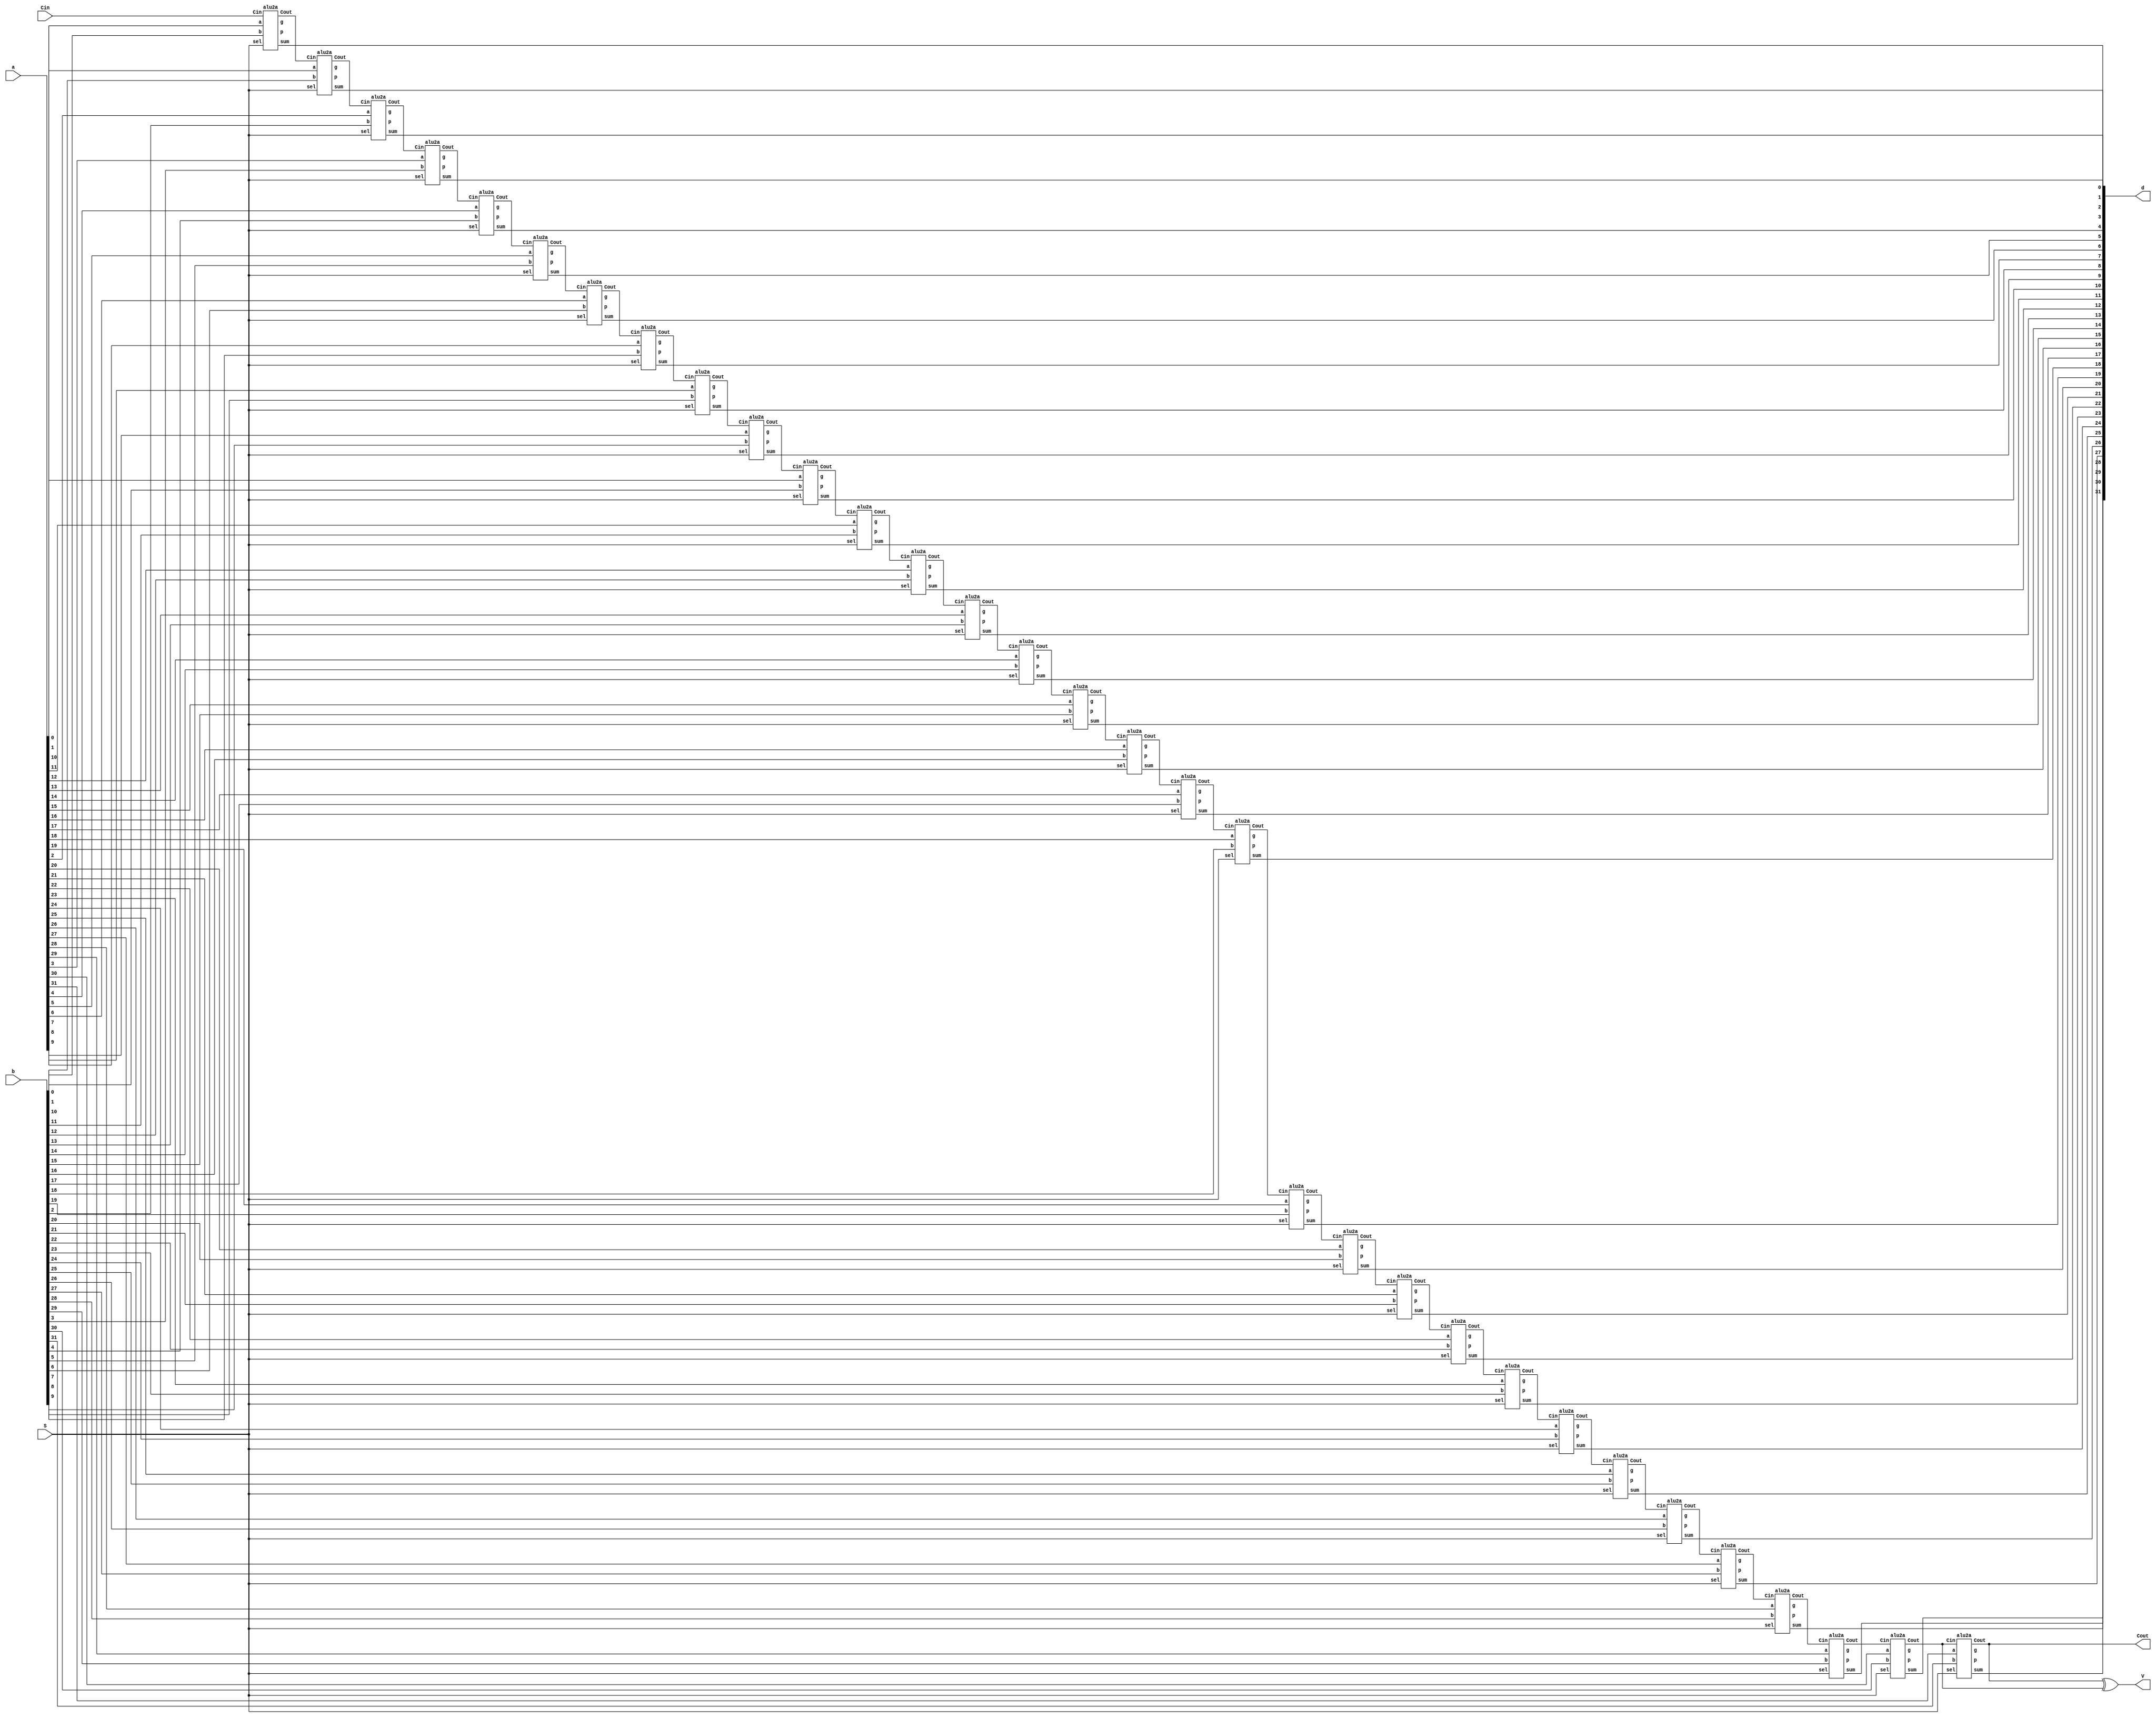
//Written By Brian Beerbower
//Written On 1/25/2023
module project2a(a,b,d,S,V,Cin,Cout);
input [31:0] a,b;
output [31:0] d;
input [2:0] S;
output Cout, V;
input Cin;
wire [31:0] Cint,g,p;

//module alu2a(a,b,sum,sel,g,p,Cin,Cout);
alu2a a0(a[0],b[0],d[0],S,g[0],p[0],Cin,Cint[1]);
alu2a a1(a[1],b[1],d[1],S,g[1],p[1],Cint[1],Cint[2]);
alu2a a2(a[2],b[2],d[2],S,g[2],p[2],Cint[2],Cint[3]);
alu2a a3(a[3],b[3],d[3],S,g[3],p[3],Cint[3],Cint[4]);
alu2a a4(a[4],b[4],d[4],S,g[4],p[4],Cint[4],Cint[5]);
alu2a a5(a[5],b[5],d[5],S,g[5],p[5],Cint[5],Cint[6]);
alu2a a6(a[6],b[6],d[6],S,g[6],p[6],Cint[6],Cint[7]);
alu2a a7(a[7],b[7],d[7],S,g[7],p[7],Cint[7],Cint[8]);
alu2a a8(a[8],b[8],d[8],S,g[8],p[8],Cint[8],Cint[9]);
alu2a a9(a[9],b[9],d[9],S,g[9],p[9],Cint[9],Cint[10]);
alu2a a10(a[10],b[10],d[10],S,g[10],p[10],Cint[10],Cint[11]);
alu2a a11(a[11],b[11],d[11],S,g[11],p[11],Cint[11],Cint[12]);
alu2a a12(a[12],b[12],d[12],S,g[12],p[12],Cint[12],Cint[13]);
alu2a a13(a[13],b[13],d[13],S,g[13],p[13],Cint[13],Cint[14]);
alu2a a14(a[14],b[14],d[14],S,g[14],p[14],Cint[14],Cint[15]);
alu2a a15(a[15],b[15],d[15],S,g[15],p[15],Cint[15],Cint[16]);
alu2a a16(a[16],b[16],d[16],S,g[16],p[16],Cint[16],Cint[17]);
alu2a a17(a[17],b[17],d[17],S,g[17],p[17],Cint[17],Cint[18]);
alu2a a18(a[18],b[18],d[18],S,g[18],p[18],Cint[18],Cint[19]);
alu2a a19(a[19],b[19],d[19],S,g[19],p[19],Cint[19],Cint[20]);
alu2a a20(a[20],b[20],d[20],S,g[20],p[20],Cint[20],Cint[21]);
alu2a a21(a[21],b[21],d[21],S,g[21],p[21],Cint[21],Cint[22]);
alu2a a22(a[22],b[22],d[22],S,g[22],p[22],Cint[22],Cint[23]);
alu2a a23(a[23],b[23],d[23],S,g[23],p[23],Cint[23],Cint[24]);
alu2a a24(a[24],b[24],d[24],S,g[24],p[24],Cint[24],Cint[25]);
alu2a a25(a[25],b[25],d[25],S,g[25],p[25],Cint[25],Cint[26]);
alu2a a26(a[26],b[26],d[26],S,g[26],p[26],Cint[26],Cint[27]);
alu2a a27(a[27],b[27],d[27],S,g[27],p[27],Cint[27],Cint[28]);
alu2a a28(a[28],b[28],d[28],S,g[28],p[28],Cint[28],Cint[29]);
alu2a a29(a[29],b[29],d[29],S,g[29],p[29],Cint[29],Cint[30]);
alu2a a30(a[30],b[30],d[30],S,g[30],p[30],Cint[30],Cint[31]);
alu2a a31(a[31],b[31],d[31],S,g[31],p[31],Cint[31],Cout);
assign V = Cout ^ Cint[31];
endmodule



module alu2a(a,b,sum,sel,g,p,Cin,Cout);
input a,b,Cin;
input [2:0] sel;
output sum,g,p,Cout;
reg sum;
wire bint,cint;

assign bint = b ^ sel[0];
assign cint = Cin & sel[1];
assign g = a & bint;
assign p = a ^ bint;
assign Cout = a&bint|Cin&(a^bint);


always @ (*)
begin
case (sel)
	3'b000: sum = a^b;
	3'b001: sum = ~(a^b);
	3'b010: sum = p^cint;
	3'b011: sum = p^cint;
	3'b100: sum = a|b;
	3'b101: sum = ~(a|b);
	3'b110: sum = a&b;
	default: sum = 1'b0;
endcase
end
endmodule